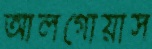
আলগোয়াস